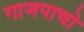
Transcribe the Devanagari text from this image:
गाजपाचो